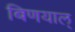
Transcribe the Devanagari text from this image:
बिणयाल्